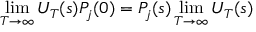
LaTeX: \operatorname * { l i m } _ { T \to \infty } U _ { T } ( s ) P _ { j } ( 0 ) = P _ { j } ( s ) \operatorname * { l i m } _ { T \to \infty } U _ { T } ( s )